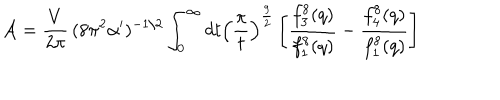
LaTeX: { \cal A } = { \frac { V } { 2 \pi } } \, ( 8 \pi ^ { 2 } \alpha ^ { \prime } ) ^ { - 1 / 2 } \int _ { 0 } ^ { \infty } d t \left( { \frac { \pi } { t } } \right) ^ { \frac { 9 } { 2 } } \left[ { \frac { f _ { 3 } ^ { 8 } ( q ) } { f _ { 1 } ^ { 8 } ( q ) } } - { \frac { f _ { 4 } ^ { 8 } ( q ) } { f _ { 1 } ^ { 8 } ( q ) } } \right]